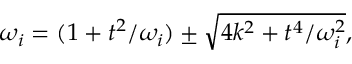
\omega _ { i } = ( 1 + t ^ { 2 } / \omega _ { i } ) \pm \sqrt { 4 k ^ { 2 } + t ^ { 4 } / \omega _ { i } ^ { 2 } } ,